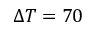
\Delta T = 7 0